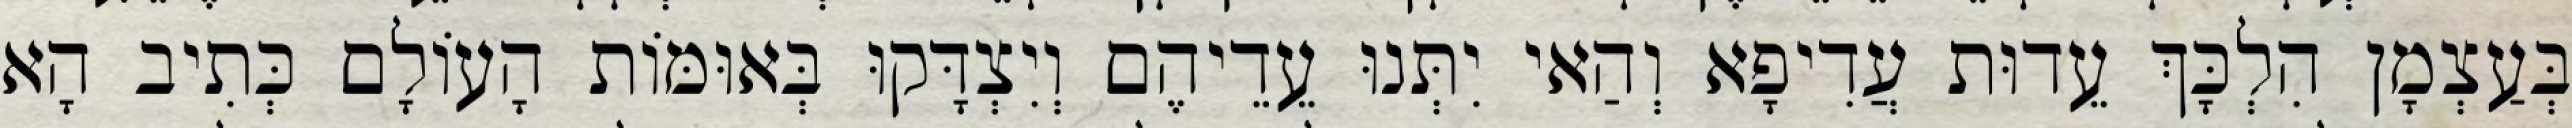
בְּעַצְמָן הִלְכָּךְ עֵדוּת עֲדִיפָא וְהַאי יִתְּנוּ עֵדֵיהֶם וְיִצְדָּקוּ בְּאוּמּוֹת הָעוֹלָם כְּתִיב הָא